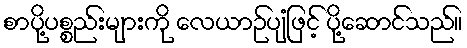
စာပို့ပစ္စည်းများကို လေယာဉ်ပျံဖြင့် ပို့ဆောင်သည်။